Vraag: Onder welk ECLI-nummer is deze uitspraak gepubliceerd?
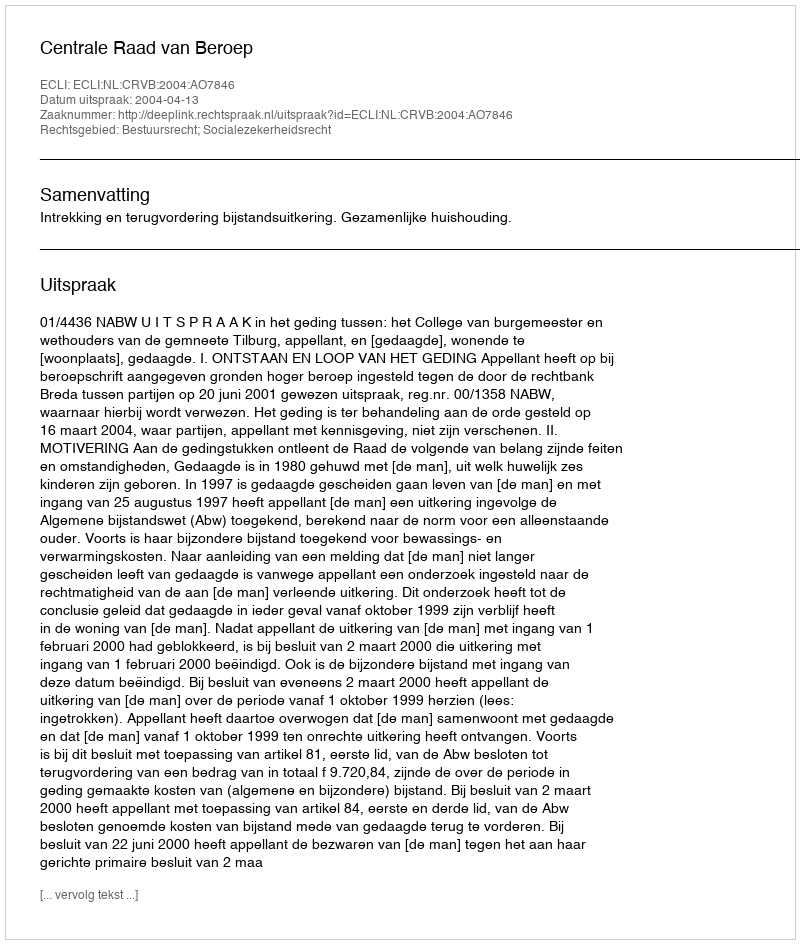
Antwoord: ECLI:NL:CRVB:2004:AO7846